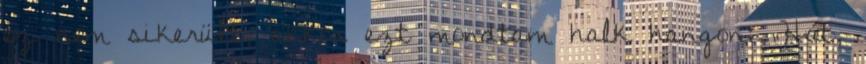
ez nem sikerült, akkor ezt mondtam halk hangon: „Hát,